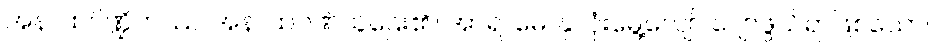
အနာထပိဏ္ဍိကဿ၊ အနာထပိဏ်သူဌေး၏။ အာရာမေ၊ နှလုံးမွေ့လျော် ပျော်ဖွယ်ရာဖြစ်သော။